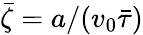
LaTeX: \bar{\zeta}=a/(v_{0}\bar{\tau})